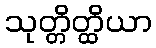
သုတ္တိတ္ထိယာ